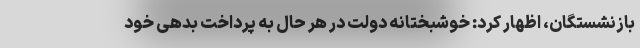
بازنشستگان، اظهار کرد: خوشبختانه دولت در هر حال به پرداخت بدهی خود